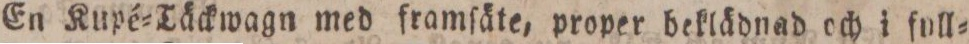
En Kupé=Täckwagn med framſäte, proper beklädnad och i full=